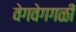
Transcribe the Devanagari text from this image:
वेगवेगगळी